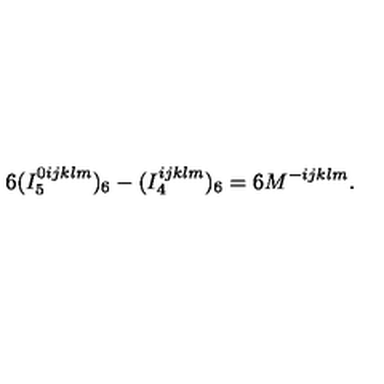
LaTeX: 6 ( I _ { 5 } ^ { 0 i j k l m } ) _ { 6 } - ( I _ { 4 } ^ { i j k l m } ) _ { 6 } = 6 M ^ { - i j k l m } .